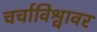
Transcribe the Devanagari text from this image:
चर्चाविश्वावर